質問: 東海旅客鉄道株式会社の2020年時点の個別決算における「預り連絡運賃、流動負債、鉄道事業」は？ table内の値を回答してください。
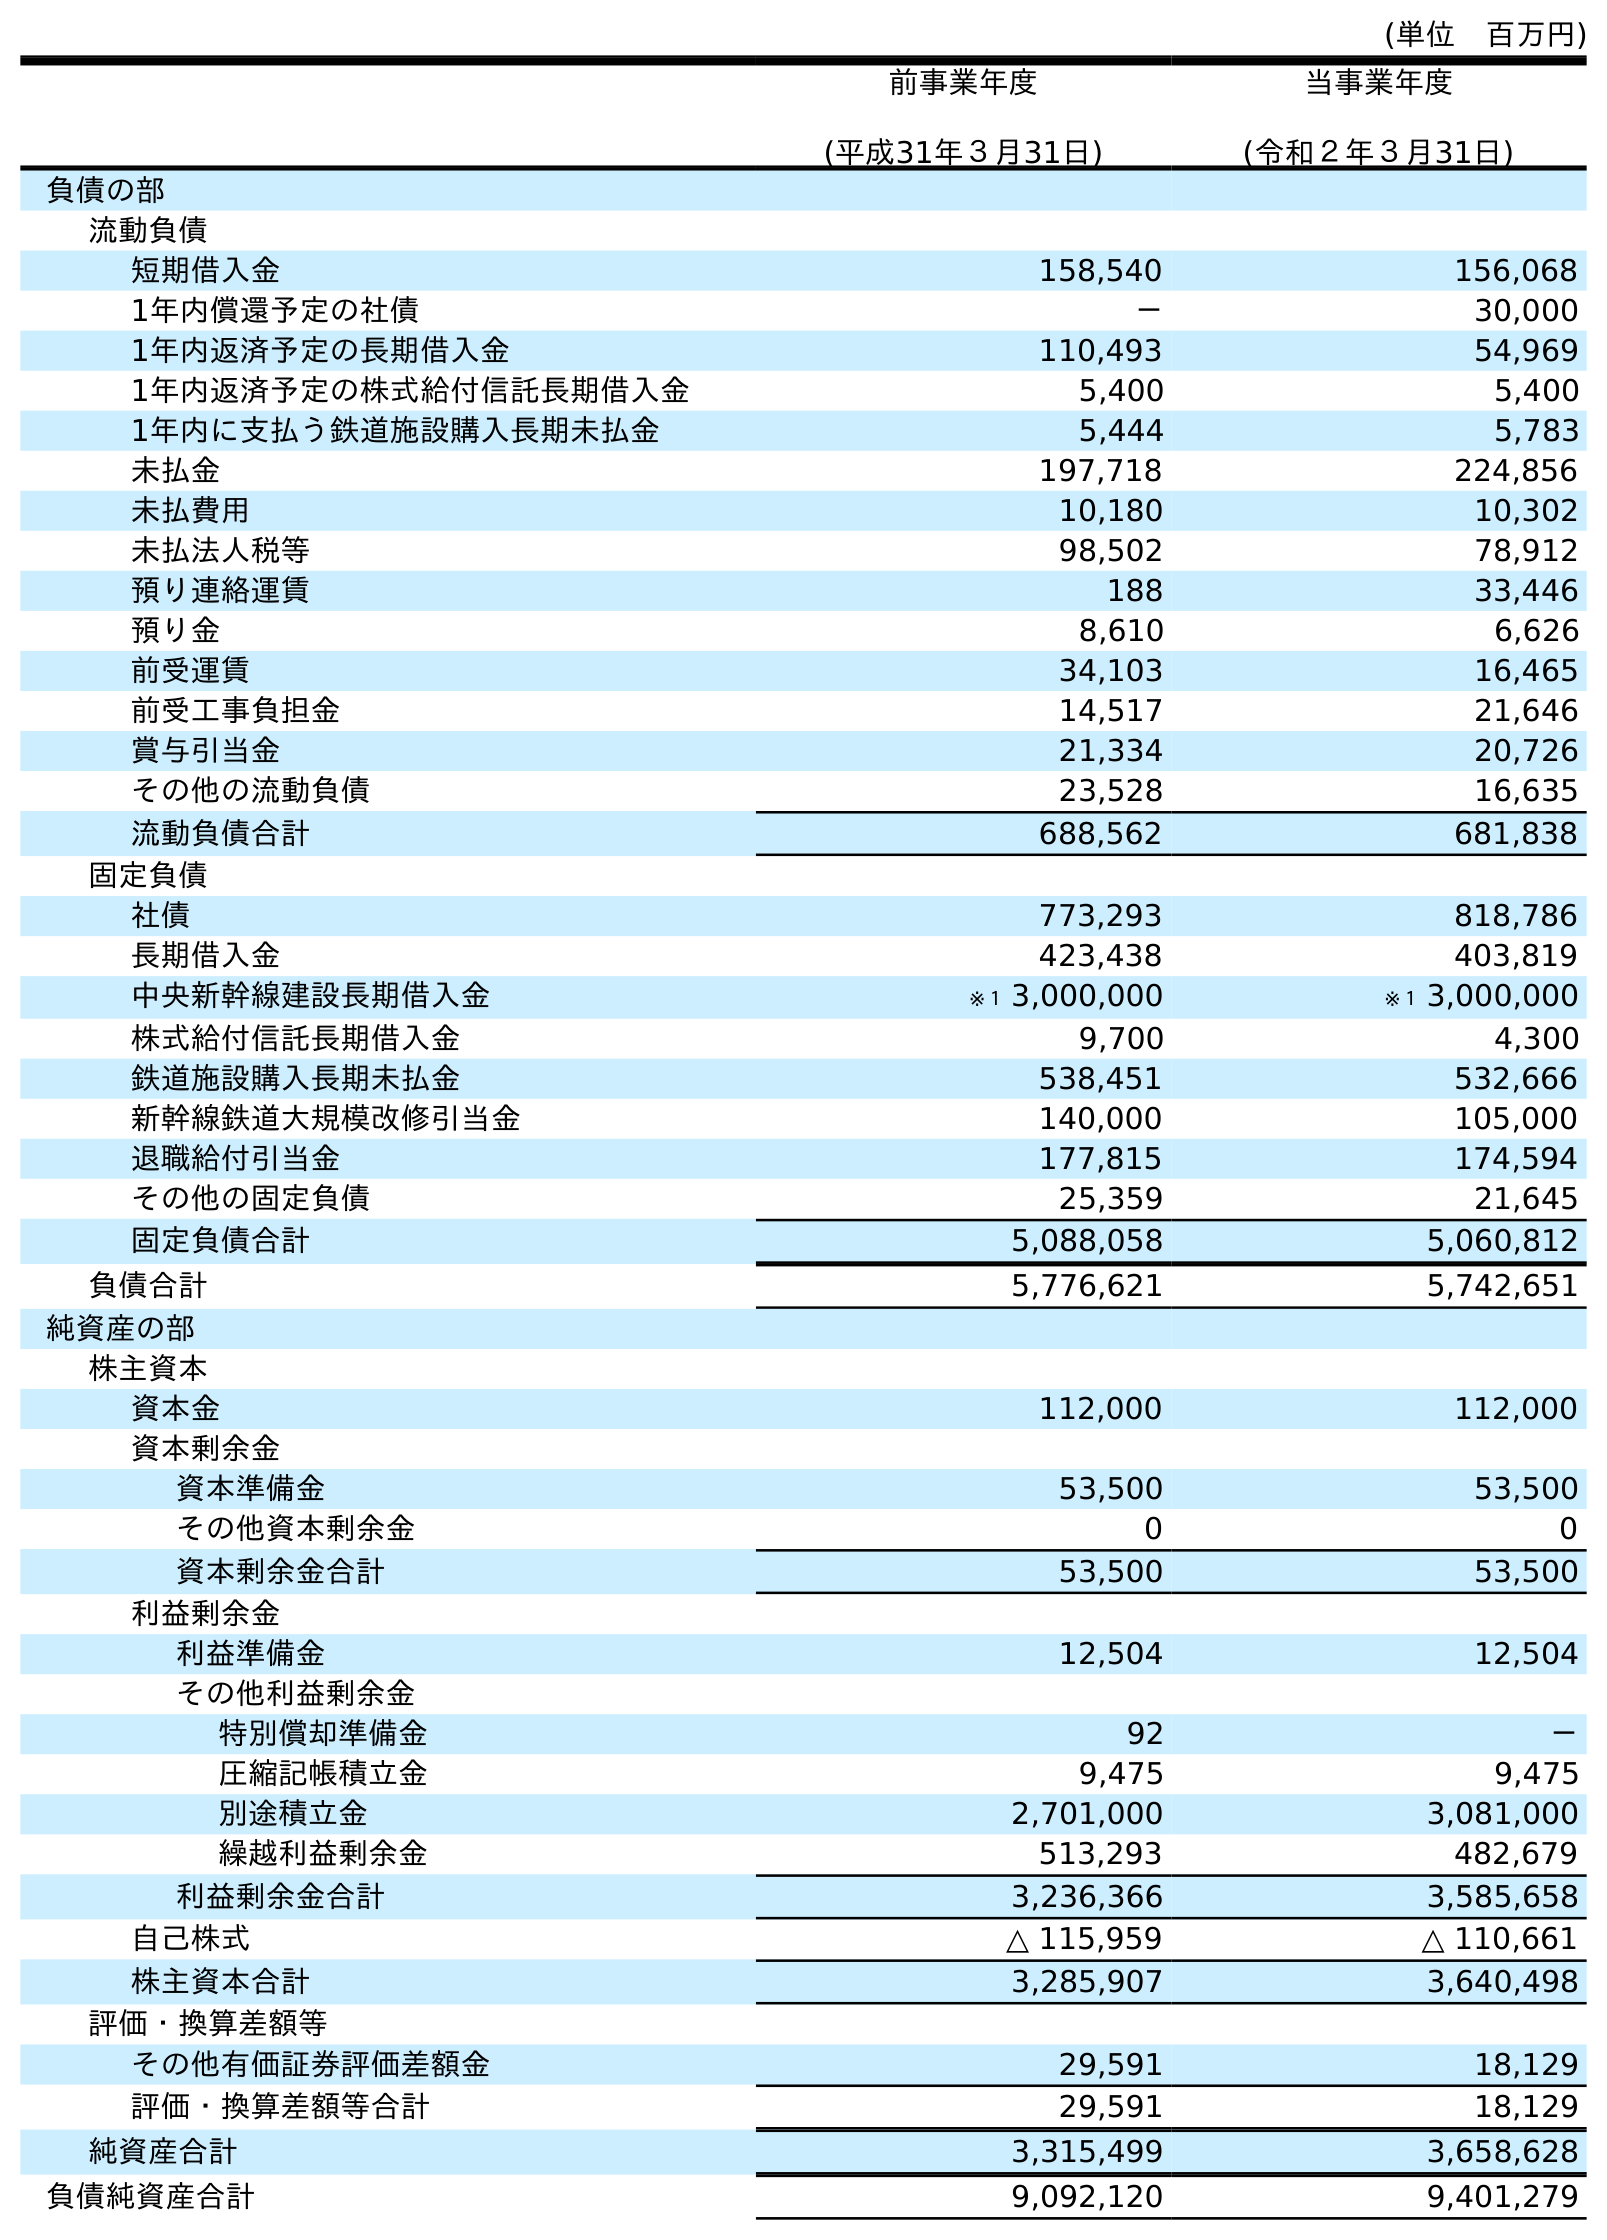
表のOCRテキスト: (単位 百万円) 前事業年度 (平成31年３月31日) 当事業年度 (令和２年３月31日) 負債の部 流動負債 短期借入金 158,540 156,068 1年内償還予定の社債 － 30,000 1年内返済予定の長期借入金 110,493 54,969 1年内返済予定の株式給付信託長期借入金 5,400 5,400 1年内に支払う鉄道施設購入長期未払金 5,444 5,783 未払金 197,718 224,856 未払費用 10,180 10,302 未払法人税等 98,502 78,912 預り連絡運賃 188 33,446 預り金 8,610 6,626 前受運賃 34,103 16,465 前受工事負担金 14,517 21,646 賞与引当金 21,334 20,726 その他の流動負債 23,528 16,635 流動負債合計 688,562 681,838 固定負債 社債 773,293 818,786 長期借入金 423,438 403,819 中央新幹線建設長期借入金 ※１ 3,000,000 ※１ 3,000,000 株式給付信託長期借入金 9,700 4,300 鉄道施設購入長期未払金 538,451 532,666 新幹線鉄道大規模改修引当金 140,000 105,000 退職給付引当金 177,815 174,594 その他の固定負債 25,359 21,645 固定負債合計 5,088,058 5,060,812 負債合計 5,776,621 5,742,651 純資産の部 株主資本 資本金 112,000 112,000 資本剰余金 資本準備金 53,500 53,500 その他資本剰余金 0 0 資本剰余金合計 53,500 53,500 利益剰余金 利益準備金 12,504 12,504 その他利益剰余金 特別償却準備金 92 － 圧縮記帳積立金 9,475 9,475 別途積立金 2,701,000 3,081,000 繰越利益剰余金 513,293 482,679 利益剰余金合計 3,236,366 3,585,658 自己株式 △ 115,959 △ 110,661 株主資本合計 3,285,907 3,640,498 評価・換算差額等 その他有価証券評価差額金 29,591 18,129 評価・換算差額等合計 29,591 18,129 純資産合計 3,315,499 3,658,628 負債純資産合計 9,092,120 9,401,279
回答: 33,446